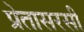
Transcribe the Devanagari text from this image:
प्रेतासरसी